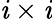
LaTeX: \mathit{i}\times\mathit{i}